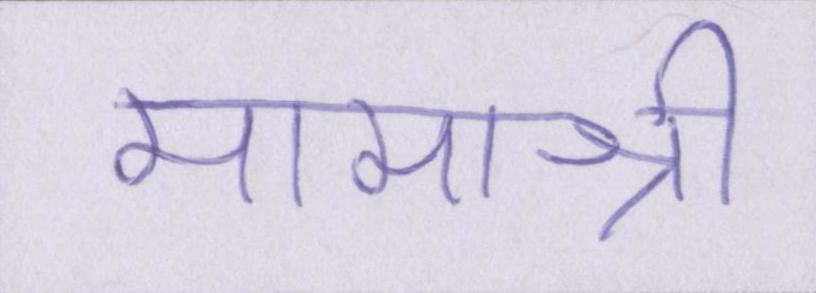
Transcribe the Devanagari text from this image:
मामाश्री